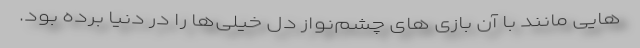
هایی مانند با آن بازی های چشم‌نواز دل خیلی‌ها را در دنیا برده بود.